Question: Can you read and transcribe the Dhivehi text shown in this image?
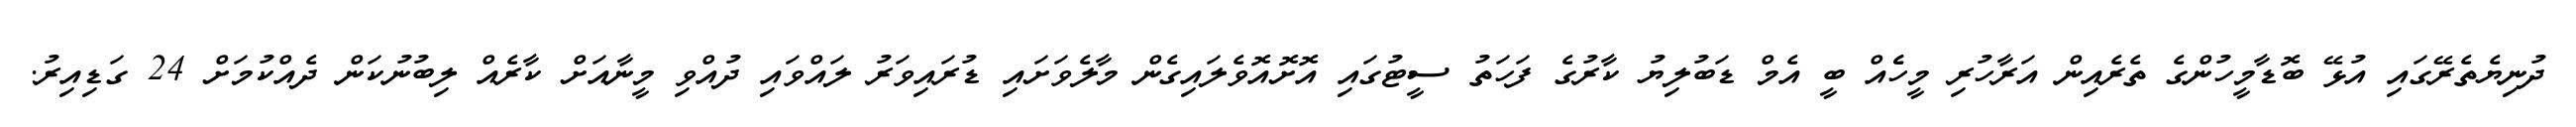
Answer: ދުނިޔެތެރޭގައި އުޅޭ ބޮޑާމީހުންގެ ތެރެއިން އަރާހުރި މީހެެއް ބީ އެމް ޑަބުލިޔު ކާރުގެ ފަހަތު ސީޓުގައި އޮށޮއޮވެލައިގެން މާލެވަށައި ޑުރައިވަރު ލައްވައި ދުއްވި މީނާއަށް ކާރެއް ލިބުނުކަން ދެއްކުމަށް 24 ގަޑިއިރު.